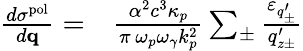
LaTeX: \begin{array}{rl}{\frac{d\sigma^{\mathrm{pol}}}{d{\mathbf q}}=}&{{}\frac{\alpha^{2}c^{3}\kappa_{p}}{\pi\, \omega_{p}\omega_{\gamma}k_{p}^{2}}\sum_{\pm}\frac{\varepsilon_{q_{\pm}^{\prime}}}{q_{z\pm}^{\prime}}}\end{array}